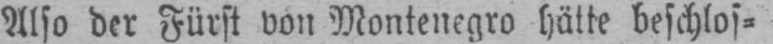
Also der Fürst von Montenegro hütte beschlos⸗